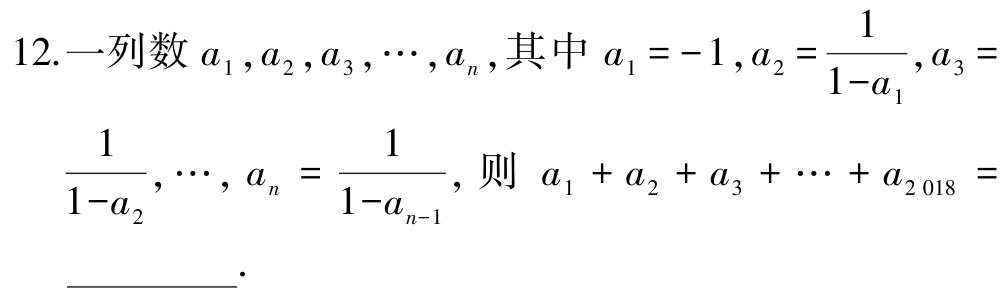
12.一列数\(a_{1},a_{2},a_{3},\cdots,a_{n}\),其中\(a_{1} = - 1\),\(a_{2}=\dfrac{1}{1 - a_{1}}\),\(a_{3}= \dfrac{1}{1 - a_{2}},\cdots,a_{n}=\dfrac{1}{1 - a_{n - 1}}\),则\(a_{1}+a_{2}+a_{3}+\cdots +a_{2018}=\)__________.